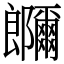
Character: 鿥